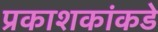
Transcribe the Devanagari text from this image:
प्रकाशकांकडे